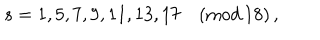
s = 1 , 5 , 7 , 9 , 1 1 , 1 3 , 1 7 \quad ( \textrm { m o d } \, 1 8 ) \, ,